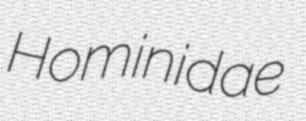
Hominidae